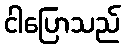
ငါပြောသည်